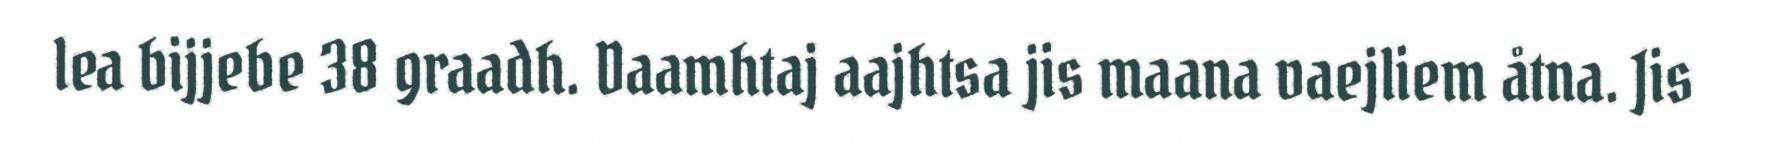
lea bijjebe 38 graadh. Daamhtaj aajhtsa jis maana vaejliem åtna. Jis